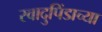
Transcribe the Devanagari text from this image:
स्वादुपिंडाच्या